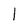
Character: 1